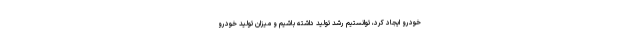
خودرو ایجاد کرد، توانستیم رشد تولید داشته باشیم و میزان تولید خودرو